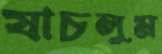
যাচলুম